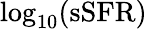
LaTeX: \log_{10}(\mathrm{sSFR})